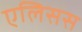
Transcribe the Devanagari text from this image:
एलिसस